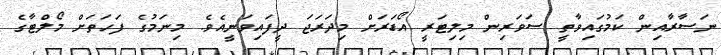
ނަސާރާއިން ކަމުގައިވާތީ ސަވަރިން މިލިޓަރީ އޯޑަރަށް މިދަރަޖަ ދީފައިވަނީއެވެ. މިނަމުގެ ފަހަތަށް މޯލްޓާގެ